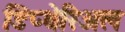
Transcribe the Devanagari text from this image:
डिप्थेरिअल